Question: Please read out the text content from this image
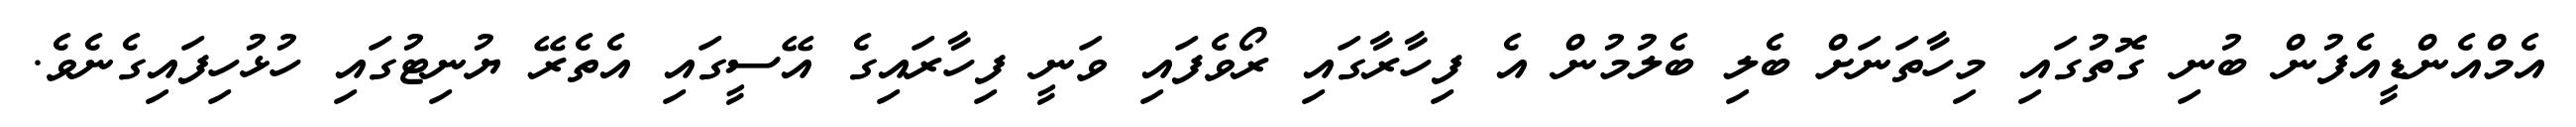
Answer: އެމްއެންޑީއެފުން ބުނި ގޮތުގައި މިހާތަނަށް ބެލި ބެލުމުން އެ ފިހާރާގައި ރޯވެފައި ވަނީ ފިހާރައިގެ އޭސީގައި އެތެރޭ ޔުނިޓުގައި ހުޅުހިފައިގެނެވެ.